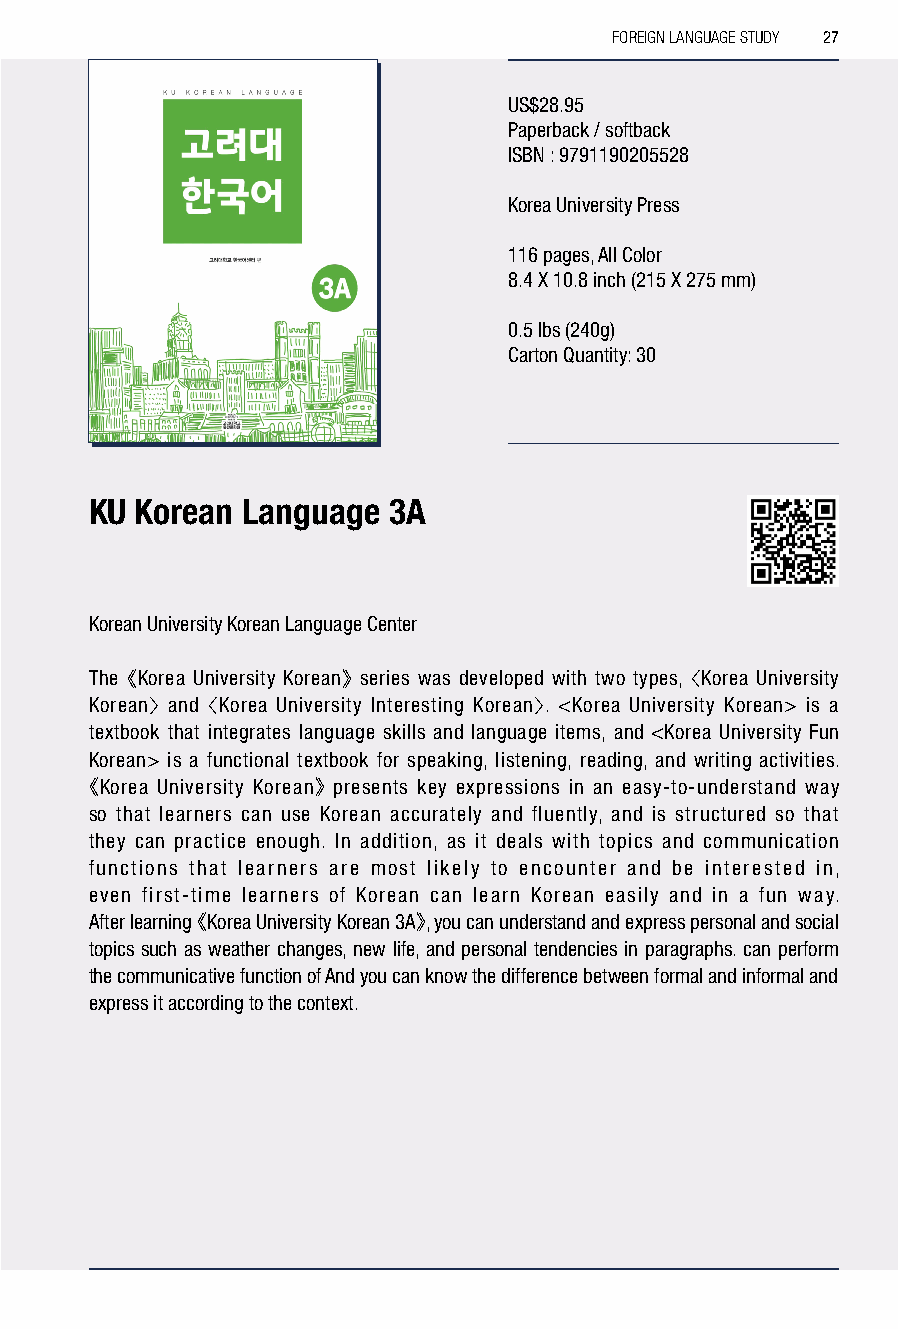
FOREIGN LANGUAGE STUDY 27
 US$28.95
 Paperback / softback
 ISBN : 9791190205528
 Korea University Press
 116 pages, All Color
 8.4 X 10.8 inch (215 X 275 mm)
 0.5 lbs (240g)
 Carton Quantity: 30
 KU Korean Language  3A
 Korean University Korean Language Center
 The 《Korea University Korean》 series was developed with two types, 〈Korea University
 Korean〉 and 〈Korea University Interesting Korean〉. <Korea University Korean> is a
 textbook that integrates language skills and language items, and <Korea University Fun
 Korean> is a functional textbook for speaking, listening, reading, and writing activities.
 《Korea University Korean》 presents key expressions in an easy-to-understand way
 so that learners can use Korean accurately and fluently, and is structured so that
 they can practice enough. In addition, as it deals with topics and communication
 functions that learners are most likely to encounter and be interested in,
 even first-time learners of Korean can learn Korean easily and in a fun way.
 After learning 《Korea University Korean 3A》, you can understand and express personal and social
 topics such as weather changes, new life, and personal tendencies in paragraphs. can perform
 the communicative function of And you can know the difference between formal and informal and
 express it according to the context.